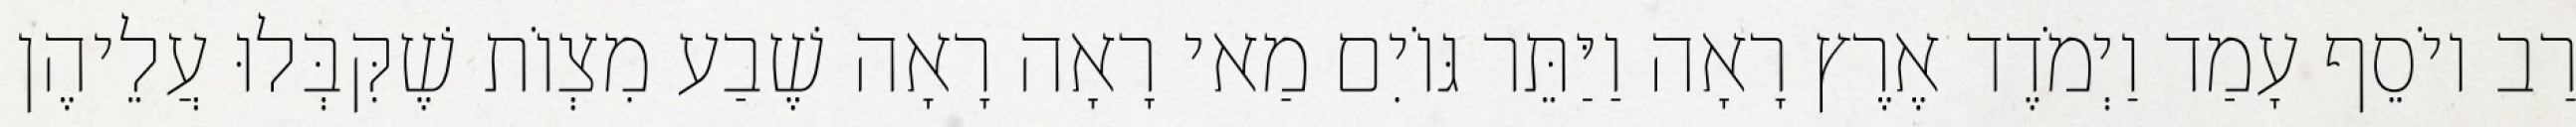
רַב יוֹסֵף עָמַד וַיְמֹדֶד אֶרֶץ רָאָה וַיַּתֵּר גּוֹיִם מַאי רָאָה רָאָה שֶׁבַע מִצְוֹת שֶׁקִּבְּלוּ עֲלֵיהֶן